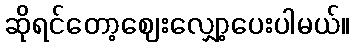
ဆိုရင်တော့ဈေးလျှော့ပေးပါမယ်။